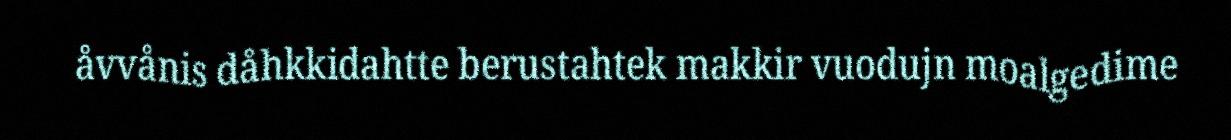
åvvånis dåhkkidahtte berustahtek makkir vuodujn moalgedime